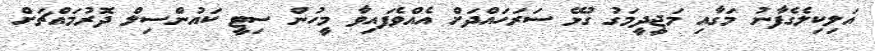
އަލިކިލެގެފާނު މަގާއި މަޖީދީމަގު ގުޅޭ ސަރަހައްދަށް އެއްވެފައިވާ މީހުން ސިޓީ ކައުންސިލް ދޮރުމައްޗަށް